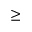
\geq